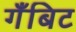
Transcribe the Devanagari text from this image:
गँबिट